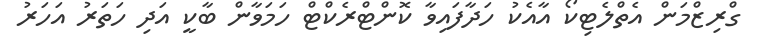
ގްރިޒްމަން އެތްލެޓިކޯ އާއެކު ހަދާފައިވާ ކޮންޓްރެކްޓް ހަމަވާން ބާކީ އަދި ހަތަރު އަހަރު